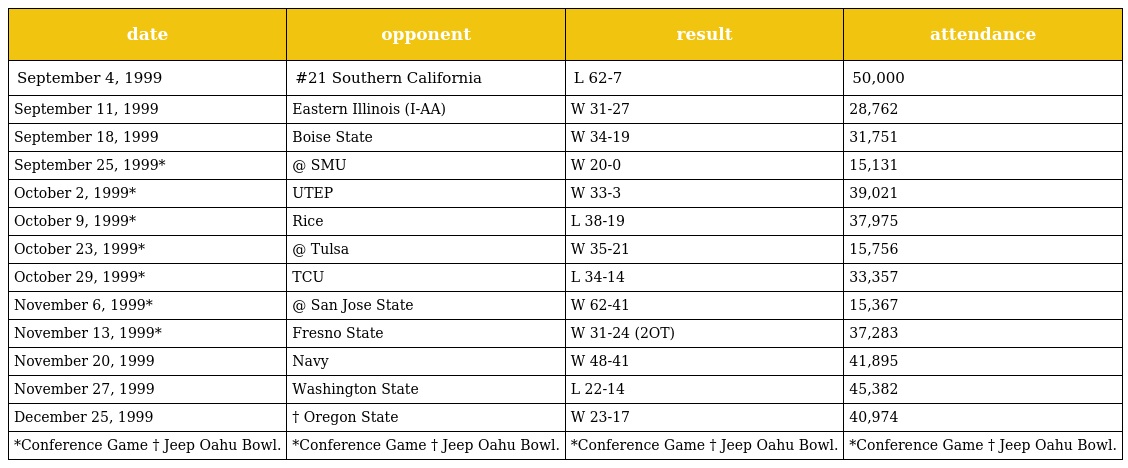
| date | opponent | result | attendance |
 | --- | --- | --- | --- |
 | September 4, 1999 | #21 Southern California | L 62-7 | 50,000 |
 | September 11, 1999 | Eastern Illinois (I-AA) | W 31-27 | 28,762 |
 | September 18, 1999 | Boise State | W 34-19 | 31,751 |
 | September 25, 1999* | @ SMU | W 20-0 | 15,131 |
 | October 2, 1999* | UTEP | W 33-3 | 39,021 |
 | October 9, 1999* | Rice | L 38-19 | 37,975 |
 | October 23, 1999* | @ Tulsa | W 35-21 | 15,756 |
 | October 29, 1999* | TCU | L 34-14 | 33,357 |
 | November 6, 1999* | @ San Jose State | W 62-41 | 15,367 |
 | November 13, 1999* | Fresno State | W 31-24 (2OT) | 37,283 |
 | November 20, 1999 | Navy | W 48-41 | 41,895 |
 | November 27, 1999 | Washington State | L 22-14 | 45,382 |
 | December 25, 1999 | † Oregon State | W 23-17 | 40,974 |
 | *Conference Game † Jeep Oahu Bowl. | *Conference Game † Jeep Oahu Bowl. | *Conference Game † Jeep Oahu Bowl. | *Conference Game † Jeep Oahu Bowl. |